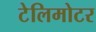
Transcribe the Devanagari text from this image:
टेलिमोटर